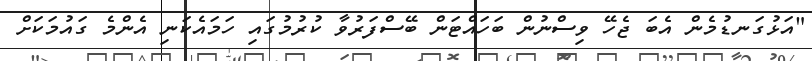
"އަޅުގަނޑުމެން އެބަ ޖެހޭ ވިސްނުން ބަހައްޓަން ބޭސްފަރުވާ ކުރުމުގައި ހަމައެކަނި އެންމެ ގައުމަކަށް